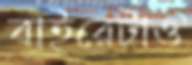
বাইরেটাও